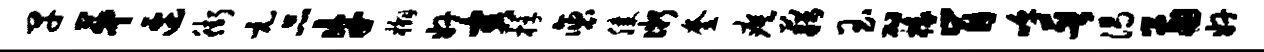
早第边街元品牛槲奸害桴褒膝微奎瘼藉玉砌椽肯嗥晋渴两奸